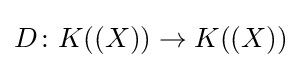
D\colon K((X))\to K((X))